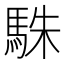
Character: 駯